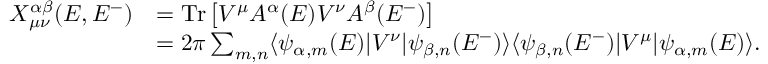
\begin{array} { r l } { X _ { \mu \nu } ^ { \alpha \beta } ( E , E ^ { - } ) } & { = \operatorname { T r } \left[ V ^ { \mu } A ^ { \alpha } ( E ) V ^ { \nu } A ^ { \beta } ( E ^ { - } ) \right] } \\ & { = 2 \pi \sum _ { m , n } \langle \psi _ { \alpha , m } ( E ) | V ^ { \nu } | \psi _ { \beta , n } ( E ^ { - } ) \rangle \langle \psi _ { \beta , n } ( E ^ { - } ) | V ^ { \mu } | \psi _ { \alpha , m } ( E ) \rangle . } \end{array}